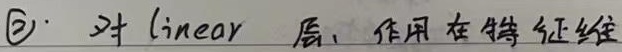
\textcircled{2} 对 linear 层, 作用在特征维